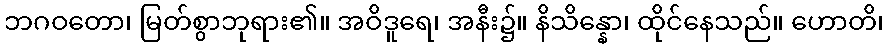
ဘဂဝတော၊ မြတ်စွာဘုရား၏။ အဝိဒူရေ၊ အနီး၌။ နိသိန္နော၊ ထိုင်နေသည်။ ဟောတိ၊